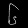
Digit: ၆